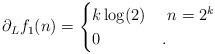
LaTeX: \begin{align*} \partial_L f_1(n) = \begin{cases} k\log(2) & \ n = 2^k\ \\ 0 &. \end{cases}\end{align*}